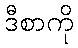
ဒီစာကို